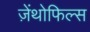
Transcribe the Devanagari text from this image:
ज़ेंथोफिल्स